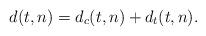
LaTeX: \begin{align*} d(t,n) = d_c(t,n) +d_t(t,n) .\end{align*}